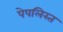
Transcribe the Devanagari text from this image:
पेपलिस्त